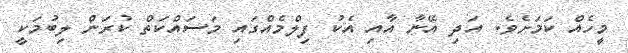
މީހެއް ކަމަށެވެ. އަދި އޭނާ އާއި އެކު ފިލްމެއްގައި މަސައްކަތް ކުރަން ލިބުމަކީ